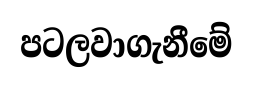
පටලවාගැනීමේ